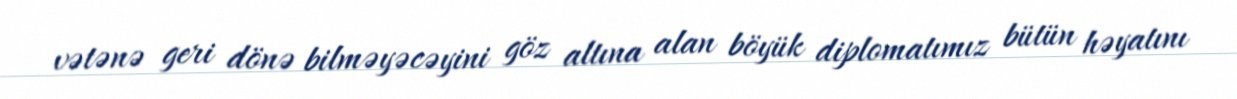
vətənə geri dönə bilməyəcəyini göz altına alan böyük diplomatımız bütün həyatını